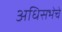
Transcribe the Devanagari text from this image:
अधिसभेचे